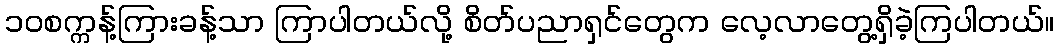
၁၀စက္ကန့်ကြားခန့်သာ ကြာပါတယ်လို့ စိတ်ပညာရှင်တွေက လေ့လာတွေ့ရှိခဲ့ကြပါတယ်။